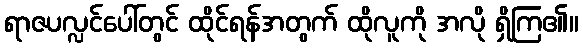
ရာဇပလ္လင်ပေါ်တွင် ထိုင်ရန်အတွက် ထိုလူကို အလို ရှိကြ၏။